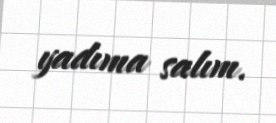
yadıma salım.